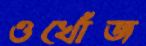
ওখোঁজ